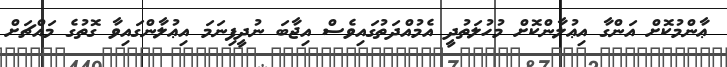
ޢާންމުކޮށް އަންގާ އިޢުލާންކޮށް މުހުލަތުދީ އެމުއްދަތުގައިވެސް އިޖާބަ ނުދީފިނަމަ އިޢުލާންގައިވާ ގޮތުގެ މައްޗަށް